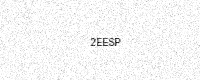
Text: 2EESP